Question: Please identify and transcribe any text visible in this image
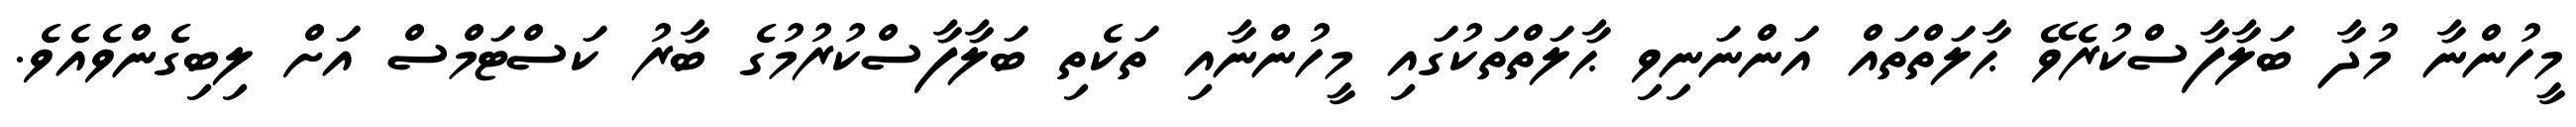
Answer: މީހުންނާ މުދާ ބަލާފާސްކުރެވޭ ޙާލަތްތައް އަންނަނިވި ޙާލަތްތަކުގައި މީހުންނާއި ތަކެތި ބަލާފާސްކުރުމުގެ ބާރު ކަސްޓަމްސް އަށް ލިބިގެންވެއެވެ.